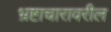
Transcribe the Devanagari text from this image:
भ्रष्टाचारावरील